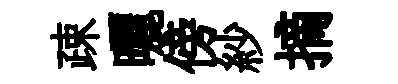
疎曬傍紗摘